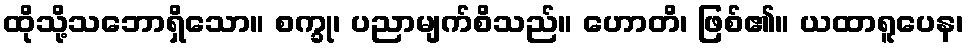
ထိုသို့သဘောရှိသော။ စက္ခု၊ ပညာမျက်စိသည်။ ဟောတိ၊ ဖြစ်၏။ ယထာရူပေန၊